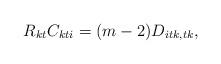
LaTeX: \begin{align*} R_{kt}C_{kti}= (m-2)D_{itk, tk},\end{align*}